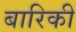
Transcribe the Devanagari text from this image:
बारिकी